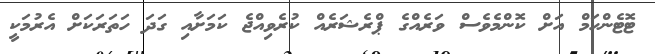
ޓޮޓެންހަމް އަށް ކޮންމެވެސް ވަރެއްގެ ޕްރެޝަރެއް ކުރެވިއްޖެ ކަމަށާއި ގަދަ ހަތަރަކަށް އެރުމަކީ